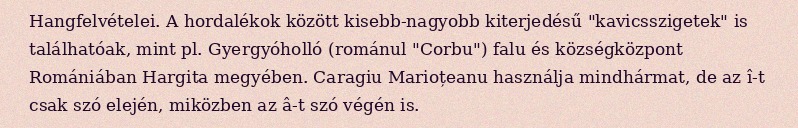
Hangfelvételei. A hordalékok között kisebb-nagyobb kiterjedésű "kavicsszigetek" is találhatóak, mint pl. Gyergyóholló (románul "Corbu") falu és községközpont Romániában Hargita megyében. Caragiu Marioțeanu használja mindhármat, de az î-t csak szó elején, miközben az â-t szó végén is.